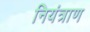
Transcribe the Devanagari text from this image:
नियंत्राण